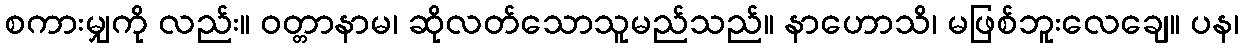
စကားမျှကို လည်း။ ဝတ္တာနာမ၊ ဆိုလတ်သောသူမည်သည်။ နာဟောသိ၊ မဖြစ်ဘူးလေချေ။ ပန၊